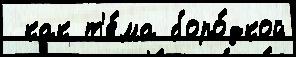
 как т'е́ма боро́дкой